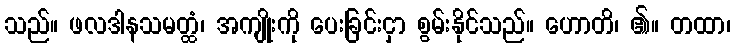
သည်။ ဖလဒါနသမတ္ထံ၊ အကျိုးကို ပေးခြင်းငှာ စွမ်းနိုင်သည်။ ဟောတိ၊ ၏။ တထာ၊